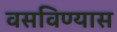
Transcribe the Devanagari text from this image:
वसविण्यास